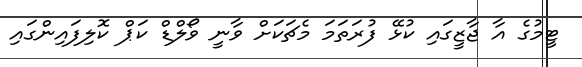
ޓީމުގެ އާ ޖާޒީގައި ކުޅޭ ފުރަތަމަ މެޗަކަށް ވާނީ ވޯލްޑް ކަޕް ކޮލިފައިންގައި